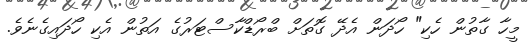
މީހާ ގާތުން ހެކި" ހޯދަން އެދޭ ގޮތަށް ބްރޯޑްކާސްޓަރުގެ އަތުން އެކި ހޯދައިގެނެވެ.